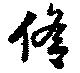
脩